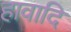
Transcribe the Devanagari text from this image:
हावादि